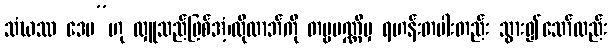
သံဃဿ ဒေမ”ဟု လှူသည်ဖြစ်အံ့၊ထိုလာဘ်ကို တမ္ဗပဏ္ဏိမှ ရဟန်းတပါးတည်း သွား၍သော်လည်း